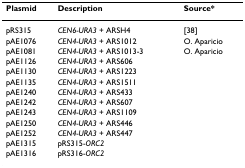
<table><thead><tr><td><b>Plasmid</b></td><td><b>Description</b></td><td><b>Source*</b></td></tr></thead><tbody><tr><td>pRS315</td><td><i>CEN6-URA3 </i>+ ARSH4</td><td>[38]</td></tr><tr><td>pAE1076</td><td><i>CEN4-URA3 </i>+ ARS1012</td><td>O. Aparicio</td></tr><tr><td>pAE1081</td><td><i>CEN4-URA3 </i>+ ARS1013-3</td><td>O. Aparicio</td></tr><tr><td>pAE1126</td><td><i>CEN4-URA3 </i>+ ARS606</td><td></td></tr><tr><td>pAE1130</td><td><i>CEN4-URA3 </i>+ ARS1223</td><td></td></tr><tr><td>pAE1135</td><td><i>CEN4-URA3 </i>+ ARS1511</td><td></td></tr><tr><td>pAE1240</td><td><i>CEN4-URA3 </i>+ ARS433</td><td></td></tr><tr><td>pAE1242</td><td><i>CEN4-URA3 </i>+ ARS607</td><td></td></tr><tr><td>pAE1243</td><td><i>CEN4-URA3 </i>+ ARS1109</td><td></td></tr><tr><td>pAE1250</td><td><i>CEN4-URA3 </i>+ ARS446</td><td></td></tr><tr><td>pAE1252</td><td><i>CEN4-URA3 </i>+ ARS447</td><td></td></tr><tr><td>pAE1315</td><td>pRS315-<i>ORC2</i></td><td></td></tr><tr><td>pAE1316</td><td>pRS316-<i>ORC2</i></td><td></td></tr></tbody></table>